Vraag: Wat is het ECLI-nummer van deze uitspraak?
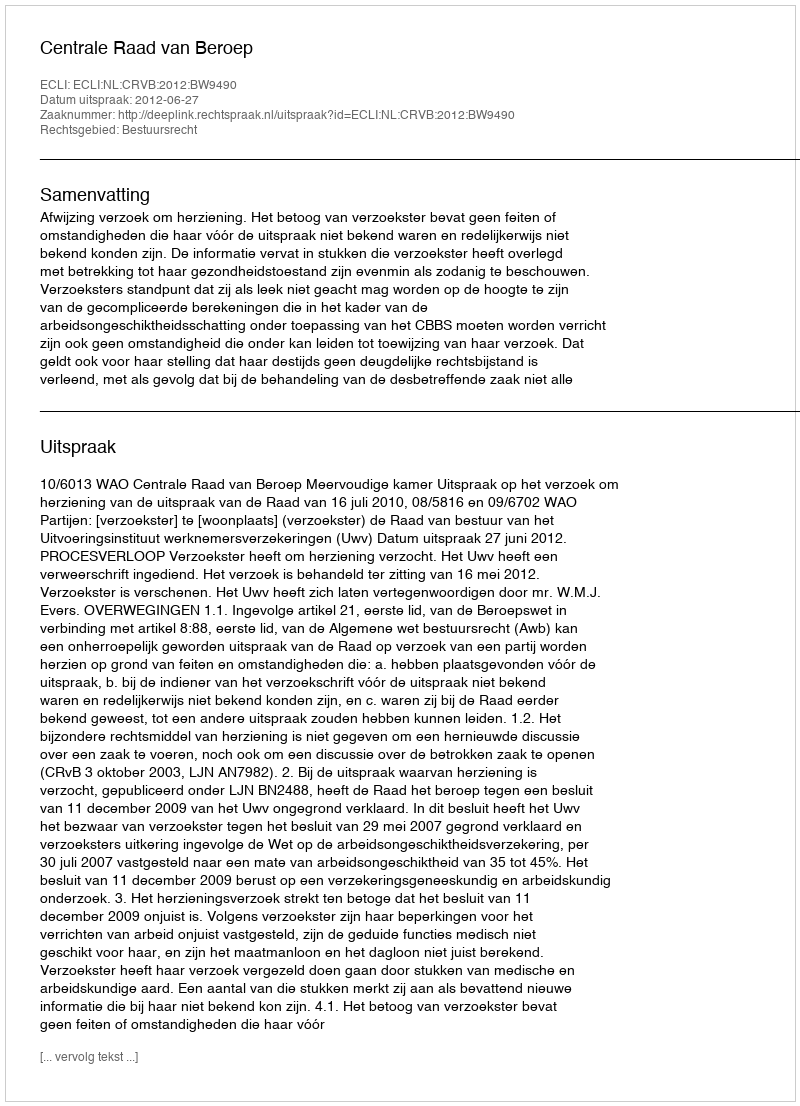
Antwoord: ECLI:NL:CRVB:2012:BW9490